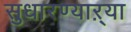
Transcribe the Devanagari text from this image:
सुधारण्याऱ्या